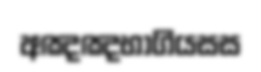
අඤඤභාගියසස